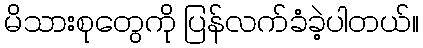
မိသားစုတွေကို ပြန်လက်ခံခဲ့ပါတယ်။